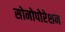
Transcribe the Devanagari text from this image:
सोनोपोरेशन